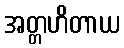
အတ္တဟိတာယ